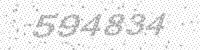
Solution: 594834